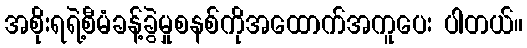
အစိုးရရဲ့စီမံခန့်ခွဲမှုစနစ်ကိုအထောက်အကူပေး ပါတယ်။